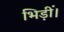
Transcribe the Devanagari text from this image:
भिड़ीं।